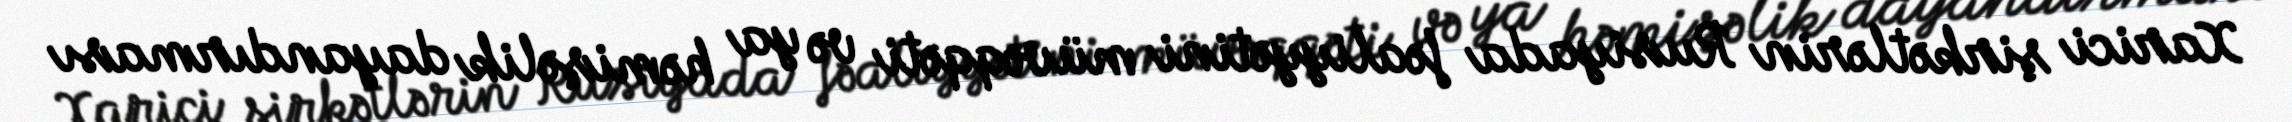
Xarici şirkətlərin Rusiyada fəaliyyətini müvəqqəti və ya həmişəlik dayandırması